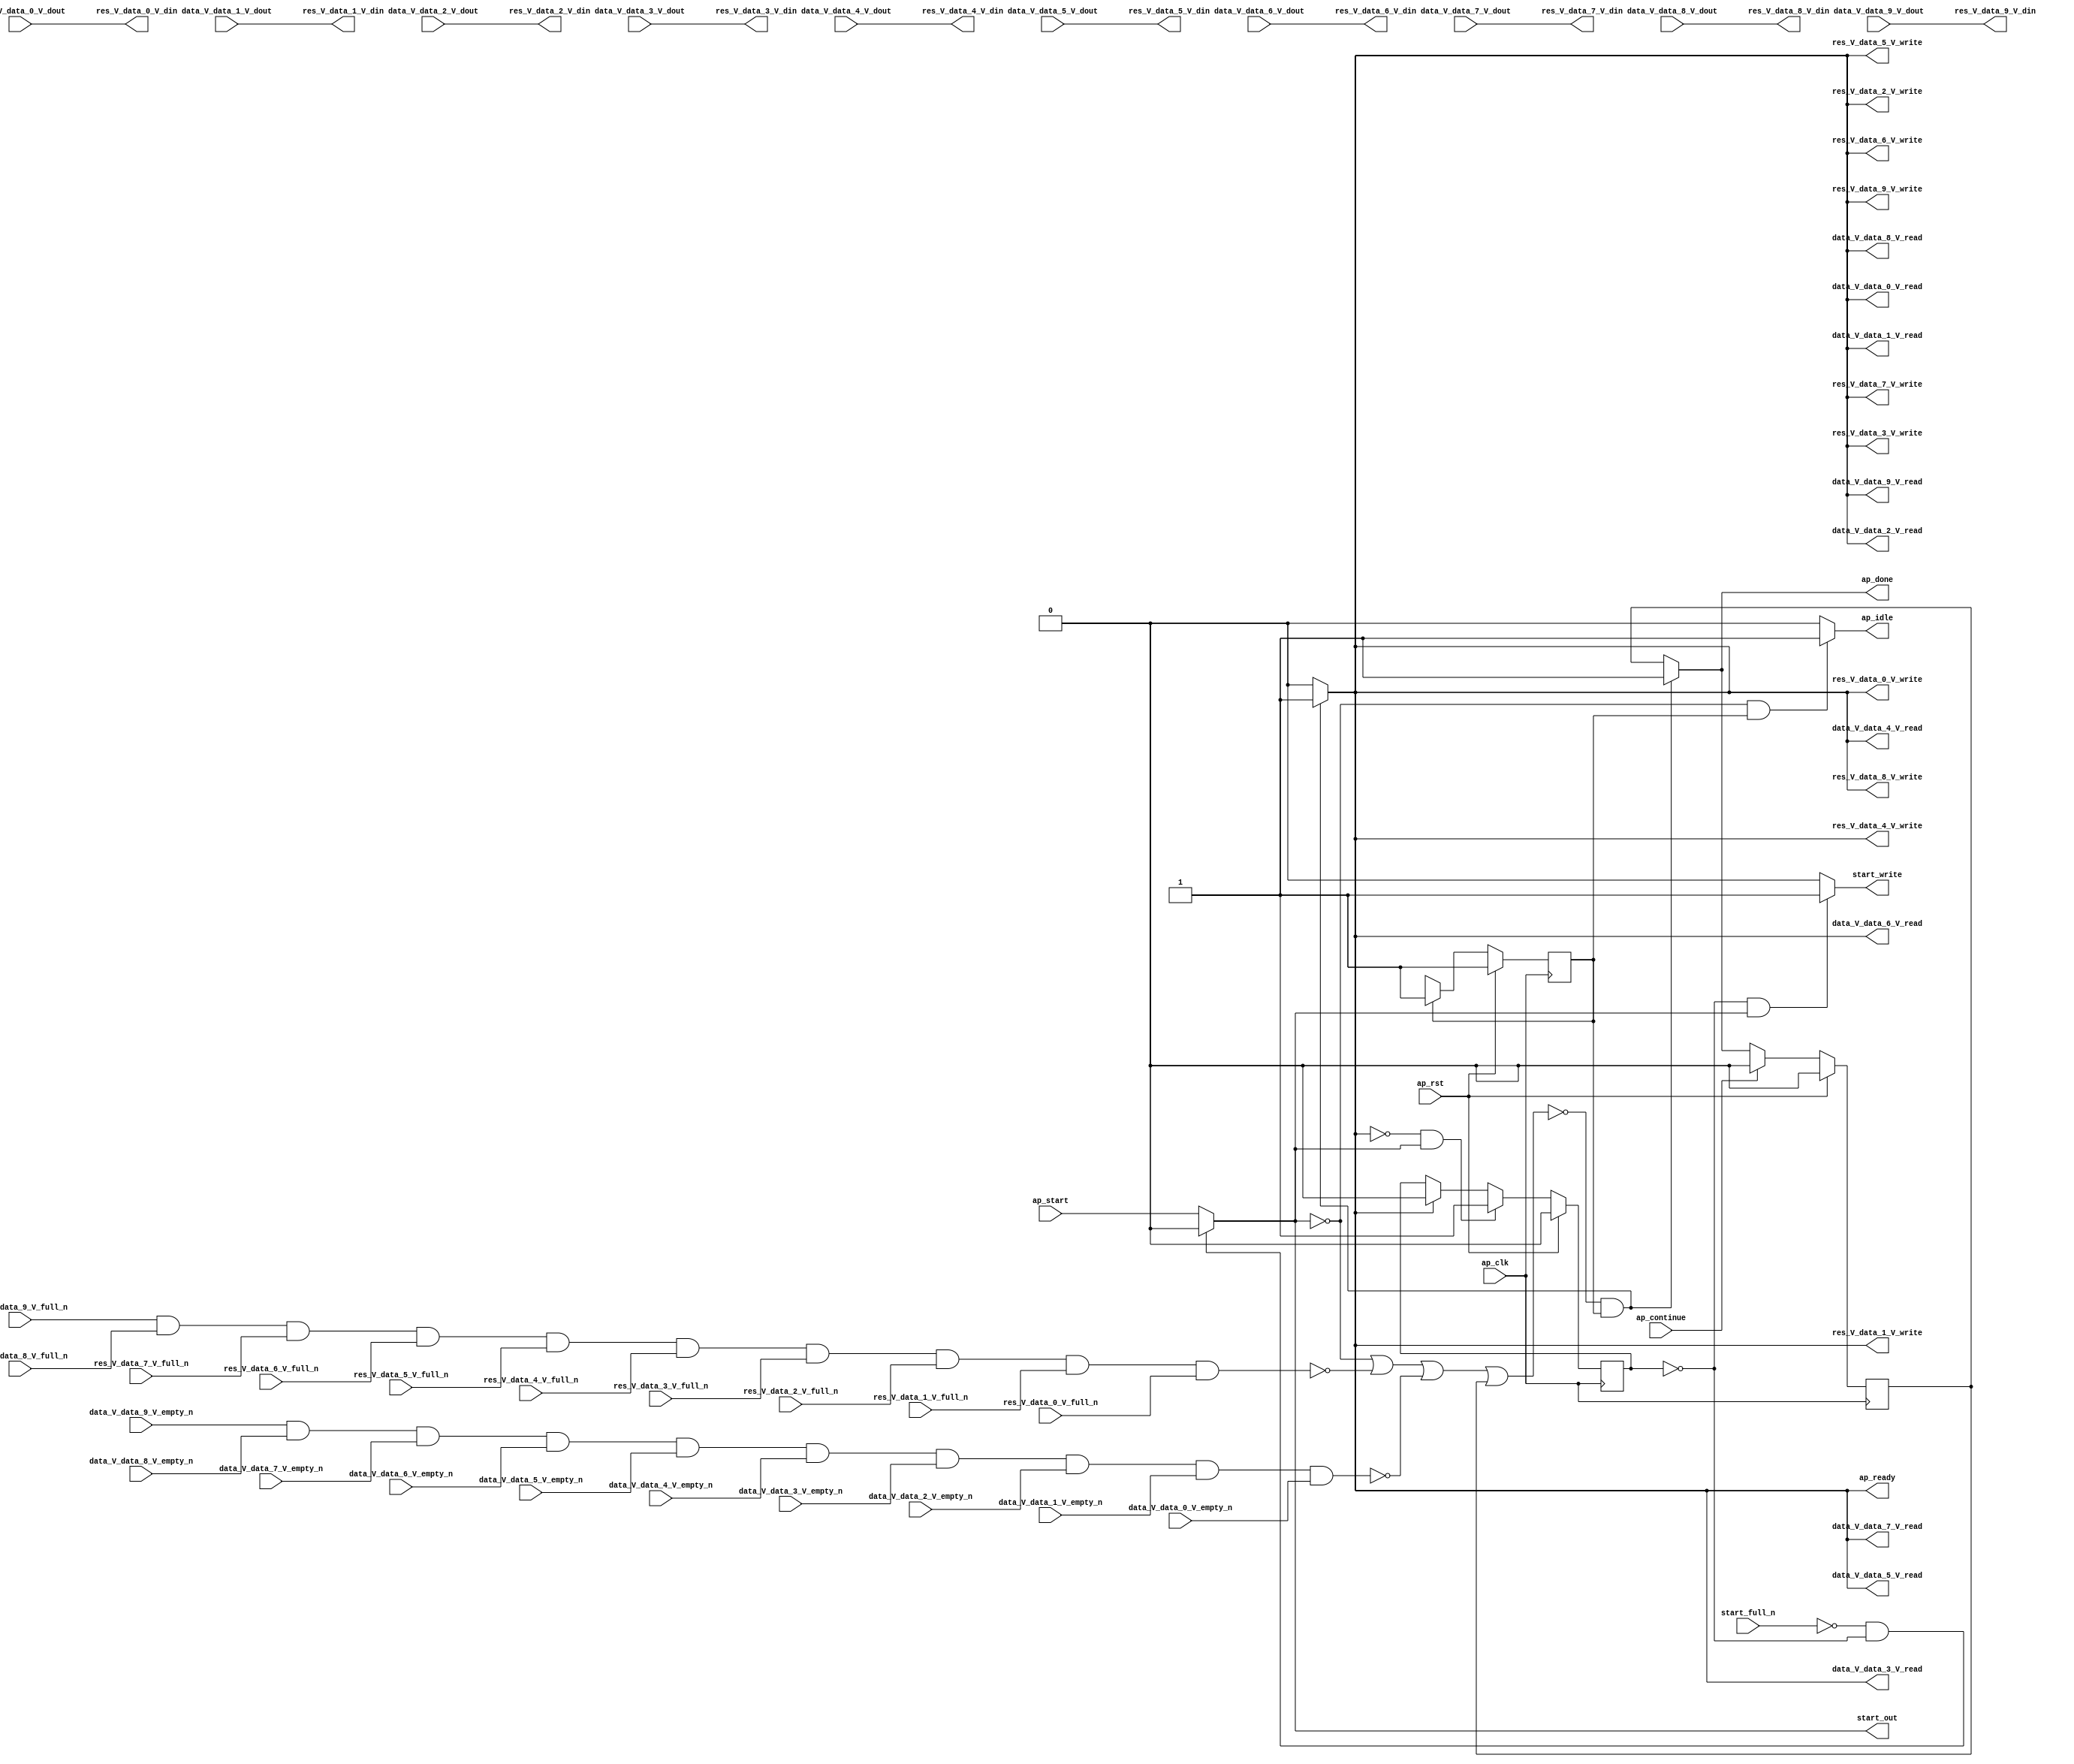
// ==============================================================
// RTL generated by Vivado(TM) HLS - High-Level Synthesis from C, C++ and OpenCL
// Version: 2019.2
// Copyright (C) 1986-2019 Xilinx, Inc. All Rights Reserved.
// 
// ===========================================================

`timescale 1 ns / 1 ps 

module linear_array_array_ap_fixed_10u_linear_config27_s (
        ap_clk,
        ap_rst,
        ap_start,
        start_full_n,
        ap_done,
        ap_continue,
        ap_idle,
        ap_ready,
        start_out,
        start_write,
        data_V_data_0_V_dout,
        data_V_data_0_V_empty_n,
        data_V_data_0_V_read,
        data_V_data_1_V_dout,
        data_V_data_1_V_empty_n,
        data_V_data_1_V_read,
        data_V_data_2_V_dout,
        data_V_data_2_V_empty_n,
        data_V_data_2_V_read,
        data_V_data_3_V_dout,
        data_V_data_3_V_empty_n,
        data_V_data_3_V_read,
        data_V_data_4_V_dout,
        data_V_data_4_V_empty_n,
        data_V_data_4_V_read,
        data_V_data_5_V_dout,
        data_V_data_5_V_empty_n,
        data_V_data_5_V_read,
        data_V_data_6_V_dout,
        data_V_data_6_V_empty_n,
        data_V_data_6_V_read,
        data_V_data_7_V_dout,
        data_V_data_7_V_empty_n,
        data_V_data_7_V_read,
        data_V_data_8_V_dout,
        data_V_data_8_V_empty_n,
        data_V_data_8_V_read,
        data_V_data_9_V_dout,
        data_V_data_9_V_empty_n,
        data_V_data_9_V_read,
        res_V_data_0_V_din,
        res_V_data_0_V_full_n,
        res_V_data_0_V_write,
        res_V_data_1_V_din,
        res_V_data_1_V_full_n,
        res_V_data_1_V_write,
        res_V_data_2_V_din,
        res_V_data_2_V_full_n,
        res_V_data_2_V_write,
        res_V_data_3_V_din,
        res_V_data_3_V_full_n,
        res_V_data_3_V_write,
        res_V_data_4_V_din,
        res_V_data_4_V_full_n,
        res_V_data_4_V_write,
        res_V_data_5_V_din,
        res_V_data_5_V_full_n,
        res_V_data_5_V_write,
        res_V_data_6_V_din,
        res_V_data_6_V_full_n,
        res_V_data_6_V_write,
        res_V_data_7_V_din,
        res_V_data_7_V_full_n,
        res_V_data_7_V_write,
        res_V_data_8_V_din,
        res_V_data_8_V_full_n,
        res_V_data_8_V_write,
        res_V_data_9_V_din,
        res_V_data_9_V_full_n,
        res_V_data_9_V_write
);

parameter    ap_ST_fsm_state1 = 1'd1;

input   ap_clk;
input   ap_rst;
input   ap_start;
input   start_full_n;
output   ap_done;
input   ap_continue;
output   ap_idle;
output   ap_ready;
output   start_out;
output   start_write;
input  [15:0] data_V_data_0_V_dout;
input   data_V_data_0_V_empty_n;
output   data_V_data_0_V_read;
input  [15:0] data_V_data_1_V_dout;
input   data_V_data_1_V_empty_n;
output   data_V_data_1_V_read;
input  [15:0] data_V_data_2_V_dout;
input   data_V_data_2_V_empty_n;
output   data_V_data_2_V_read;
input  [15:0] data_V_data_3_V_dout;
input   data_V_data_3_V_empty_n;
output   data_V_data_3_V_read;
input  [15:0] data_V_data_4_V_dout;
input   data_V_data_4_V_empty_n;
output   data_V_data_4_V_read;
input  [15:0] data_V_data_5_V_dout;
input   data_V_data_5_V_empty_n;
output   data_V_data_5_V_read;
input  [15:0] data_V_data_6_V_dout;
input   data_V_data_6_V_empty_n;
output   data_V_data_6_V_read;
input  [15:0] data_V_data_7_V_dout;
input   data_V_data_7_V_empty_n;
output   data_V_data_7_V_read;
input  [15:0] data_V_data_8_V_dout;
input   data_V_data_8_V_empty_n;
output   data_V_data_8_V_read;
input  [15:0] data_V_data_9_V_dout;
input   data_V_data_9_V_empty_n;
output   data_V_data_9_V_read;
output  [15:0] res_V_data_0_V_din;
input   res_V_data_0_V_full_n;
output   res_V_data_0_V_write;
output  [15:0] res_V_data_1_V_din;
input   res_V_data_1_V_full_n;
output   res_V_data_1_V_write;
output  [15:0] res_V_data_2_V_din;
input   res_V_data_2_V_full_n;
output   res_V_data_2_V_write;
output  [15:0] res_V_data_3_V_din;
input   res_V_data_3_V_full_n;
output   res_V_data_3_V_write;
output  [15:0] res_V_data_4_V_din;
input   res_V_data_4_V_full_n;
output   res_V_data_4_V_write;
output  [15:0] res_V_data_5_V_din;
input   res_V_data_5_V_full_n;
output   res_V_data_5_V_write;
output  [15:0] res_V_data_6_V_din;
input   res_V_data_6_V_full_n;
output   res_V_data_6_V_write;
output  [15:0] res_V_data_7_V_din;
input   res_V_data_7_V_full_n;
output   res_V_data_7_V_write;
output  [15:0] res_V_data_8_V_din;
input   res_V_data_8_V_full_n;
output   res_V_data_8_V_write;
output  [15:0] res_V_data_9_V_din;
input   res_V_data_9_V_full_n;
output   res_V_data_9_V_write;

reg ap_done;
reg ap_idle;
reg start_write;
reg data_V_data_0_V_read;
reg data_V_data_1_V_read;
reg data_V_data_2_V_read;
reg data_V_data_3_V_read;
reg data_V_data_4_V_read;
reg data_V_data_5_V_read;
reg data_V_data_6_V_read;
reg data_V_data_7_V_read;
reg data_V_data_8_V_read;
reg data_V_data_9_V_read;
reg res_V_data_0_V_write;
reg res_V_data_1_V_write;
reg res_V_data_2_V_write;
reg res_V_data_3_V_write;
reg res_V_data_4_V_write;
reg res_V_data_5_V_write;
reg res_V_data_6_V_write;
reg res_V_data_7_V_write;
reg res_V_data_8_V_write;
reg res_V_data_9_V_write;

reg    real_start;
reg    start_once_reg;
reg    ap_done_reg;
(* fsm_encoding = "none" *) reg   [0:0] ap_CS_fsm;
wire    ap_CS_fsm_state1;
reg    internal_ap_ready;
reg    data_V_data_0_V_blk_n;
reg    data_V_data_1_V_blk_n;
reg    data_V_data_2_V_blk_n;
reg    data_V_data_3_V_blk_n;
reg    data_V_data_4_V_blk_n;
reg    data_V_data_5_V_blk_n;
reg    data_V_data_6_V_blk_n;
reg    data_V_data_7_V_blk_n;
reg    data_V_data_8_V_blk_n;
reg    data_V_data_9_V_blk_n;
reg    res_V_data_0_V_blk_n;
reg    res_V_data_1_V_blk_n;
reg    res_V_data_2_V_blk_n;
reg    res_V_data_3_V_blk_n;
reg    res_V_data_4_V_blk_n;
reg    res_V_data_5_V_blk_n;
reg    res_V_data_6_V_blk_n;
reg    res_V_data_7_V_blk_n;
reg    res_V_data_8_V_blk_n;
reg    res_V_data_9_V_blk_n;
wire    io_acc_block_signal_op25;
wire    io_acc_block_signal_op36;
reg    ap_block_state1;
reg   [0:0] ap_NS_fsm;

// power-on initialization
initial begin
#0 start_once_reg = 1'b0;
#0 ap_done_reg = 1'b0;
#0 ap_CS_fsm = 1'd1;
end

always @ (posedge ap_clk) begin
    if (ap_rst == 1'b1) begin
        ap_CS_fsm <= ap_ST_fsm_state1;
    end else begin
        ap_CS_fsm <= ap_NS_fsm;
    end
end

always @ (posedge ap_clk) begin
    if (ap_rst == 1'b1) begin
        ap_done_reg <= 1'b0;
    end else begin
        if ((ap_continue == 1'b1)) begin
            ap_done_reg <= 1'b0;
        end else if ((~((real_start == 1'b0) | (io_acc_block_signal_op36 == 1'b0) | (io_acc_block_signal_op25 == 1'b0) | (ap_done_reg == 1'b1)) & (1'b1 == ap_CS_fsm_state1))) begin
            ap_done_reg <= 1'b1;
        end
    end
end

always @ (posedge ap_clk) begin
    if (ap_rst == 1'b1) begin
        start_once_reg <= 1'b0;
    end else begin
        if (((internal_ap_ready == 1'b0) & (real_start == 1'b1))) begin
            start_once_reg <= 1'b1;
        end else if ((internal_ap_ready == 1'b1)) begin
            start_once_reg <= 1'b0;
        end
    end
end

always @ (*) begin
    if ((~((real_start == 1'b0) | (io_acc_block_signal_op36 == 1'b0) | (io_acc_block_signal_op25 == 1'b0) | (ap_done_reg == 1'b1)) & (1'b1 == ap_CS_fsm_state1))) begin
        ap_done = 1'b1;
    end else begin
        ap_done = ap_done_reg;
    end
end

always @ (*) begin
    if (((real_start == 1'b0) & (1'b1 == ap_CS_fsm_state1))) begin
        ap_idle = 1'b1;
    end else begin
        ap_idle = 1'b0;
    end
end

always @ (*) begin
    if ((~((real_start == 1'b0) | (ap_done_reg == 1'b1)) & (1'b1 == ap_CS_fsm_state1))) begin
        data_V_data_0_V_blk_n = data_V_data_0_V_empty_n;
    end else begin
        data_V_data_0_V_blk_n = 1'b1;
    end
end

always @ (*) begin
    if ((~((real_start == 1'b0) | (io_acc_block_signal_op36 == 1'b0) | (io_acc_block_signal_op25 == 1'b0) | (ap_done_reg == 1'b1)) & (1'b1 == ap_CS_fsm_state1))) begin
        data_V_data_0_V_read = 1'b1;
    end else begin
        data_V_data_0_V_read = 1'b0;
    end
end

always @ (*) begin
    if ((~((real_start == 1'b0) | (ap_done_reg == 1'b1)) & (1'b1 == ap_CS_fsm_state1))) begin
        data_V_data_1_V_blk_n = data_V_data_1_V_empty_n;
    end else begin
        data_V_data_1_V_blk_n = 1'b1;
    end
end

always @ (*) begin
    if ((~((real_start == 1'b0) | (io_acc_block_signal_op36 == 1'b0) | (io_acc_block_signal_op25 == 1'b0) | (ap_done_reg == 1'b1)) & (1'b1 == ap_CS_fsm_state1))) begin
        data_V_data_1_V_read = 1'b1;
    end else begin
        data_V_data_1_V_read = 1'b0;
    end
end

always @ (*) begin
    if ((~((real_start == 1'b0) | (ap_done_reg == 1'b1)) & (1'b1 == ap_CS_fsm_state1))) begin
        data_V_data_2_V_blk_n = data_V_data_2_V_empty_n;
    end else begin
        data_V_data_2_V_blk_n = 1'b1;
    end
end

always @ (*) begin
    if ((~((real_start == 1'b0) | (io_acc_block_signal_op36 == 1'b0) | (io_acc_block_signal_op25 == 1'b0) | (ap_done_reg == 1'b1)) & (1'b1 == ap_CS_fsm_state1))) begin
        data_V_data_2_V_read = 1'b1;
    end else begin
        data_V_data_2_V_read = 1'b0;
    end
end

always @ (*) begin
    if ((~((real_start == 1'b0) | (ap_done_reg == 1'b1)) & (1'b1 == ap_CS_fsm_state1))) begin
        data_V_data_3_V_blk_n = data_V_data_3_V_empty_n;
    end else begin
        data_V_data_3_V_blk_n = 1'b1;
    end
end

always @ (*) begin
    if ((~((real_start == 1'b0) | (io_acc_block_signal_op36 == 1'b0) | (io_acc_block_signal_op25 == 1'b0) | (ap_done_reg == 1'b1)) & (1'b1 == ap_CS_fsm_state1))) begin
        data_V_data_3_V_read = 1'b1;
    end else begin
        data_V_data_3_V_read = 1'b0;
    end
end

always @ (*) begin
    if ((~((real_start == 1'b0) | (ap_done_reg == 1'b1)) & (1'b1 == ap_CS_fsm_state1))) begin
        data_V_data_4_V_blk_n = data_V_data_4_V_empty_n;
    end else begin
        data_V_data_4_V_blk_n = 1'b1;
    end
end

always @ (*) begin
    if ((~((real_start == 1'b0) | (io_acc_block_signal_op36 == 1'b0) | (io_acc_block_signal_op25 == 1'b0) | (ap_done_reg == 1'b1)) & (1'b1 == ap_CS_fsm_state1))) begin
        data_V_data_4_V_read = 1'b1;
    end else begin
        data_V_data_4_V_read = 1'b0;
    end
end

always @ (*) begin
    if ((~((real_start == 1'b0) | (ap_done_reg == 1'b1)) & (1'b1 == ap_CS_fsm_state1))) begin
        data_V_data_5_V_blk_n = data_V_data_5_V_empty_n;
    end else begin
        data_V_data_5_V_blk_n = 1'b1;
    end
end

always @ (*) begin
    if ((~((real_start == 1'b0) | (io_acc_block_signal_op36 == 1'b0) | (io_acc_block_signal_op25 == 1'b0) | (ap_done_reg == 1'b1)) & (1'b1 == ap_CS_fsm_state1))) begin
        data_V_data_5_V_read = 1'b1;
    end else begin
        data_V_data_5_V_read = 1'b0;
    end
end

always @ (*) begin
    if ((~((real_start == 1'b0) | (ap_done_reg == 1'b1)) & (1'b1 == ap_CS_fsm_state1))) begin
        data_V_data_6_V_blk_n = data_V_data_6_V_empty_n;
    end else begin
        data_V_data_6_V_blk_n = 1'b1;
    end
end

always @ (*) begin
    if ((~((real_start == 1'b0) | (io_acc_block_signal_op36 == 1'b0) | (io_acc_block_signal_op25 == 1'b0) | (ap_done_reg == 1'b1)) & (1'b1 == ap_CS_fsm_state1))) begin
        data_V_data_6_V_read = 1'b1;
    end else begin
        data_V_data_6_V_read = 1'b0;
    end
end

always @ (*) begin
    if ((~((real_start == 1'b0) | (ap_done_reg == 1'b1)) & (1'b1 == ap_CS_fsm_state1))) begin
        data_V_data_7_V_blk_n = data_V_data_7_V_empty_n;
    end else begin
        data_V_data_7_V_blk_n = 1'b1;
    end
end

always @ (*) begin
    if ((~((real_start == 1'b0) | (io_acc_block_signal_op36 == 1'b0) | (io_acc_block_signal_op25 == 1'b0) | (ap_done_reg == 1'b1)) & (1'b1 == ap_CS_fsm_state1))) begin
        data_V_data_7_V_read = 1'b1;
    end else begin
        data_V_data_7_V_read = 1'b0;
    end
end

always @ (*) begin
    if ((~((real_start == 1'b0) | (ap_done_reg == 1'b1)) & (1'b1 == ap_CS_fsm_state1))) begin
        data_V_data_8_V_blk_n = data_V_data_8_V_empty_n;
    end else begin
        data_V_data_8_V_blk_n = 1'b1;
    end
end

always @ (*) begin
    if ((~((real_start == 1'b0) | (io_acc_block_signal_op36 == 1'b0) | (io_acc_block_signal_op25 == 1'b0) | (ap_done_reg == 1'b1)) & (1'b1 == ap_CS_fsm_state1))) begin
        data_V_data_8_V_read = 1'b1;
    end else begin
        data_V_data_8_V_read = 1'b0;
    end
end

always @ (*) begin
    if ((~((real_start == 1'b0) | (ap_done_reg == 1'b1)) & (1'b1 == ap_CS_fsm_state1))) begin
        data_V_data_9_V_blk_n = data_V_data_9_V_empty_n;
    end else begin
        data_V_data_9_V_blk_n = 1'b1;
    end
end

always @ (*) begin
    if ((~((real_start == 1'b0) | (io_acc_block_signal_op36 == 1'b0) | (io_acc_block_signal_op25 == 1'b0) | (ap_done_reg == 1'b1)) & (1'b1 == ap_CS_fsm_state1))) begin
        data_V_data_9_V_read = 1'b1;
    end else begin
        data_V_data_9_V_read = 1'b0;
    end
end

always @ (*) begin
    if ((~((real_start == 1'b0) | (io_acc_block_signal_op36 == 1'b0) | (io_acc_block_signal_op25 == 1'b0) | (ap_done_reg == 1'b1)) & (1'b1 == ap_CS_fsm_state1))) begin
        internal_ap_ready = 1'b1;
    end else begin
        internal_ap_ready = 1'b0;
    end
end

always @ (*) begin
    if (((start_full_n == 1'b0) & (start_once_reg == 1'b0))) begin
        real_start = 1'b0;
    end else begin
        real_start = ap_start;
    end
end

always @ (*) begin
    if ((~((real_start == 1'b0) | (ap_done_reg == 1'b1)) & (1'b1 == ap_CS_fsm_state1))) begin
        res_V_data_0_V_blk_n = res_V_data_0_V_full_n;
    end else begin
        res_V_data_0_V_blk_n = 1'b1;
    end
end

always @ (*) begin
    if ((~((real_start == 1'b0) | (io_acc_block_signal_op36 == 1'b0) | (io_acc_block_signal_op25 == 1'b0) | (ap_done_reg == 1'b1)) & (1'b1 == ap_CS_fsm_state1))) begin
        res_V_data_0_V_write = 1'b1;
    end else begin
        res_V_data_0_V_write = 1'b0;
    end
end

always @ (*) begin
    if ((~((real_start == 1'b0) | (ap_done_reg == 1'b1)) & (1'b1 == ap_CS_fsm_state1))) begin
        res_V_data_1_V_blk_n = res_V_data_1_V_full_n;
    end else begin
        res_V_data_1_V_blk_n = 1'b1;
    end
end

always @ (*) begin
    if ((~((real_start == 1'b0) | (io_acc_block_signal_op36 == 1'b0) | (io_acc_block_signal_op25 == 1'b0) | (ap_done_reg == 1'b1)) & (1'b1 == ap_CS_fsm_state1))) begin
        res_V_data_1_V_write = 1'b1;
    end else begin
        res_V_data_1_V_write = 1'b0;
    end
end

always @ (*) begin
    if ((~((real_start == 1'b0) | (ap_done_reg == 1'b1)) & (1'b1 == ap_CS_fsm_state1))) begin
        res_V_data_2_V_blk_n = res_V_data_2_V_full_n;
    end else begin
        res_V_data_2_V_blk_n = 1'b1;
    end
end

always @ (*) begin
    if ((~((real_start == 1'b0) | (io_acc_block_signal_op36 == 1'b0) | (io_acc_block_signal_op25 == 1'b0) | (ap_done_reg == 1'b1)) & (1'b1 == ap_CS_fsm_state1))) begin
        res_V_data_2_V_write = 1'b1;
    end else begin
        res_V_data_2_V_write = 1'b0;
    end
end

always @ (*) begin
    if ((~((real_start == 1'b0) | (ap_done_reg == 1'b1)) & (1'b1 == ap_CS_fsm_state1))) begin
        res_V_data_3_V_blk_n = res_V_data_3_V_full_n;
    end else begin
        res_V_data_3_V_blk_n = 1'b1;
    end
end

always @ (*) begin
    if ((~((real_start == 1'b0) | (io_acc_block_signal_op36 == 1'b0) | (io_acc_block_signal_op25 == 1'b0) | (ap_done_reg == 1'b1)) & (1'b1 == ap_CS_fsm_state1))) begin
        res_V_data_3_V_write = 1'b1;
    end else begin
        res_V_data_3_V_write = 1'b0;
    end
end

always @ (*) begin
    if ((~((real_start == 1'b0) | (ap_done_reg == 1'b1)) & (1'b1 == ap_CS_fsm_state1))) begin
        res_V_data_4_V_blk_n = res_V_data_4_V_full_n;
    end else begin
        res_V_data_4_V_blk_n = 1'b1;
    end
end

always @ (*) begin
    if ((~((real_start == 1'b0) | (io_acc_block_signal_op36 == 1'b0) | (io_acc_block_signal_op25 == 1'b0) | (ap_done_reg == 1'b1)) & (1'b1 == ap_CS_fsm_state1))) begin
        res_V_data_4_V_write = 1'b1;
    end else begin
        res_V_data_4_V_write = 1'b0;
    end
end

always @ (*) begin
    if ((~((real_start == 1'b0) | (ap_done_reg == 1'b1)) & (1'b1 == ap_CS_fsm_state1))) begin
        res_V_data_5_V_blk_n = res_V_data_5_V_full_n;
    end else begin
        res_V_data_5_V_blk_n = 1'b1;
    end
end

always @ (*) begin
    if ((~((real_start == 1'b0) | (io_acc_block_signal_op36 == 1'b0) | (io_acc_block_signal_op25 == 1'b0) | (ap_done_reg == 1'b1)) & (1'b1 == ap_CS_fsm_state1))) begin
        res_V_data_5_V_write = 1'b1;
    end else begin
        res_V_data_5_V_write = 1'b0;
    end
end

always @ (*) begin
    if ((~((real_start == 1'b0) | (ap_done_reg == 1'b1)) & (1'b1 == ap_CS_fsm_state1))) begin
        res_V_data_6_V_blk_n = res_V_data_6_V_full_n;
    end else begin
        res_V_data_6_V_blk_n = 1'b1;
    end
end

always @ (*) begin
    if ((~((real_start == 1'b0) | (io_acc_block_signal_op36 == 1'b0) | (io_acc_block_signal_op25 == 1'b0) | (ap_done_reg == 1'b1)) & (1'b1 == ap_CS_fsm_state1))) begin
        res_V_data_6_V_write = 1'b1;
    end else begin
        res_V_data_6_V_write = 1'b0;
    end
end

always @ (*) begin
    if ((~((real_start == 1'b0) | (ap_done_reg == 1'b1)) & (1'b1 == ap_CS_fsm_state1))) begin
        res_V_data_7_V_blk_n = res_V_data_7_V_full_n;
    end else begin
        res_V_data_7_V_blk_n = 1'b1;
    end
end

always @ (*) begin
    if ((~((real_start == 1'b0) | (io_acc_block_signal_op36 == 1'b0) | (io_acc_block_signal_op25 == 1'b0) | (ap_done_reg == 1'b1)) & (1'b1 == ap_CS_fsm_state1))) begin
        res_V_data_7_V_write = 1'b1;
    end else begin
        res_V_data_7_V_write = 1'b0;
    end
end

always @ (*) begin
    if ((~((real_start == 1'b0) | (ap_done_reg == 1'b1)) & (1'b1 == ap_CS_fsm_state1))) begin
        res_V_data_8_V_blk_n = res_V_data_8_V_full_n;
    end else begin
        res_V_data_8_V_blk_n = 1'b1;
    end
end

always @ (*) begin
    if ((~((real_start == 1'b0) | (io_acc_block_signal_op36 == 1'b0) | (io_acc_block_signal_op25 == 1'b0) | (ap_done_reg == 1'b1)) & (1'b1 == ap_CS_fsm_state1))) begin
        res_V_data_8_V_write = 1'b1;
    end else begin
        res_V_data_8_V_write = 1'b0;
    end
end

always @ (*) begin
    if ((~((real_start == 1'b0) | (ap_done_reg == 1'b1)) & (1'b1 == ap_CS_fsm_state1))) begin
        res_V_data_9_V_blk_n = res_V_data_9_V_full_n;
    end else begin
        res_V_data_9_V_blk_n = 1'b1;
    end
end

always @ (*) begin
    if ((~((real_start == 1'b0) | (io_acc_block_signal_op36 == 1'b0) | (io_acc_block_signal_op25 == 1'b0) | (ap_done_reg == 1'b1)) & (1'b1 == ap_CS_fsm_state1))) begin
        res_V_data_9_V_write = 1'b1;
    end else begin
        res_V_data_9_V_write = 1'b0;
    end
end

always @ (*) begin
    if (((start_once_reg == 1'b0) & (real_start == 1'b1))) begin
        start_write = 1'b1;
    end else begin
        start_write = 1'b0;
    end
end

always @ (*) begin
    case (ap_CS_fsm)
        ap_ST_fsm_state1 : begin
            ap_NS_fsm = ap_ST_fsm_state1;
        end
        default : begin
            ap_NS_fsm = 'bx;
        end
    endcase
end

assign ap_CS_fsm_state1 = ap_CS_fsm[32'd0];

always @ (*) begin
    ap_block_state1 = ((real_start == 1'b0) | (io_acc_block_signal_op36 == 1'b0) | (io_acc_block_signal_op25 == 1'b0) | (ap_done_reg == 1'b1));
end

assign ap_ready = internal_ap_ready;

assign io_acc_block_signal_op25 = (data_V_data_9_V_empty_n & data_V_data_8_V_empty_n & data_V_data_7_V_empty_n & data_V_data_6_V_empty_n & data_V_data_5_V_empty_n & data_V_data_4_V_empty_n & data_V_data_3_V_empty_n & data_V_data_2_V_empty_n & data_V_data_1_V_empty_n & data_V_data_0_V_empty_n);

assign io_acc_block_signal_op36 = (res_V_data_9_V_full_n & res_V_data_8_V_full_n & res_V_data_7_V_full_n & res_V_data_6_V_full_n & res_V_data_5_V_full_n & res_V_data_4_V_full_n & res_V_data_3_V_full_n & res_V_data_2_V_full_n & res_V_data_1_V_full_n & res_V_data_0_V_full_n);

assign res_V_data_0_V_din = data_V_data_0_V_dout;

assign res_V_data_1_V_din = data_V_data_1_V_dout;

assign res_V_data_2_V_din = data_V_data_2_V_dout;

assign res_V_data_3_V_din = data_V_data_3_V_dout;

assign res_V_data_4_V_din = data_V_data_4_V_dout;

assign res_V_data_5_V_din = data_V_data_5_V_dout;

assign res_V_data_6_V_din = data_V_data_6_V_dout;

assign res_V_data_7_V_din = data_V_data_7_V_dout;

assign res_V_data_8_V_din = data_V_data_8_V_dout;

assign res_V_data_9_V_din = data_V_data_9_V_dout;

assign start_out = real_start;

endmodule //linear_array_array_ap_fixed_10u_linear_config27_s